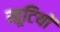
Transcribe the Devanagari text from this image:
खूटियों